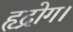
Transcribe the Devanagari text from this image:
हृद्रोग।